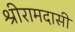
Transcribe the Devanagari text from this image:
श्रीरामदासी